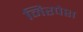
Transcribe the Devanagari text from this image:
निरपेश